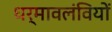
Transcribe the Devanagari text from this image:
धर्मावलंवियों